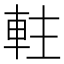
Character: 軴